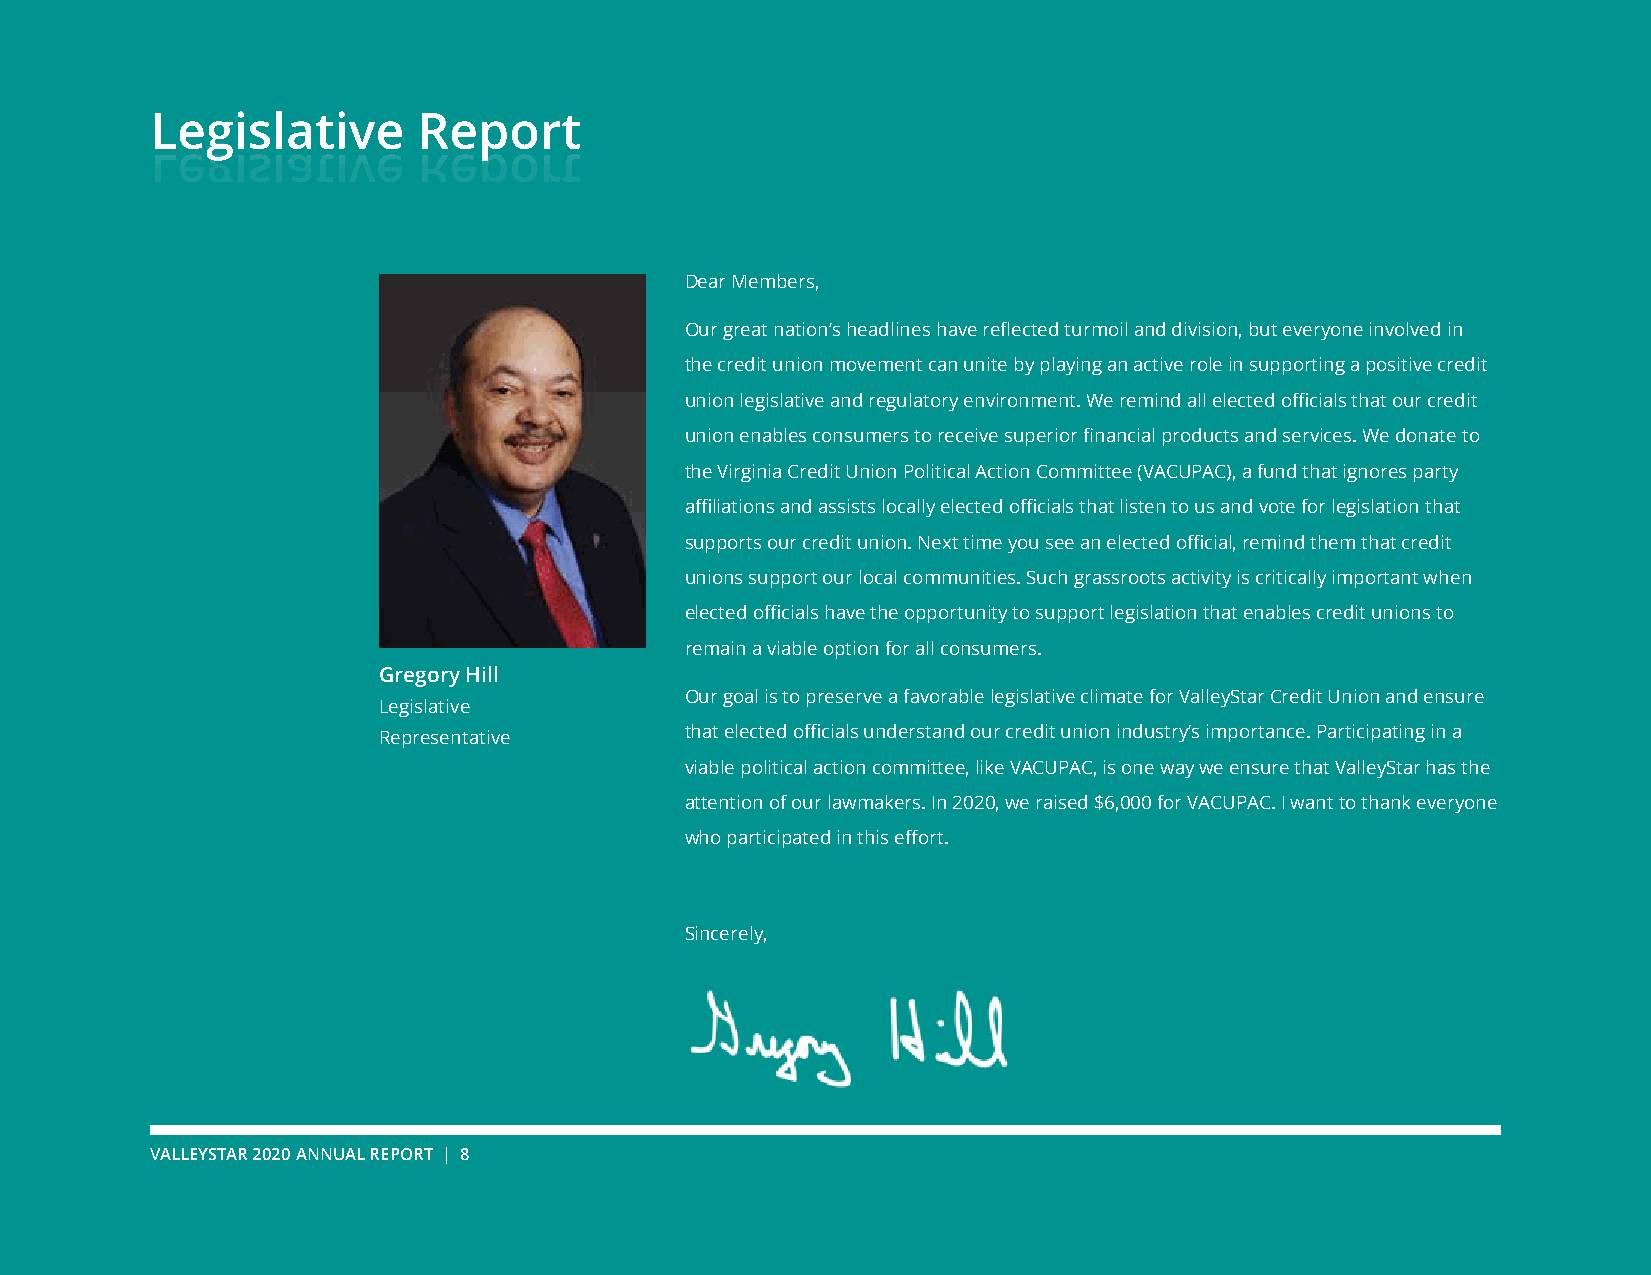
Legislative       Report
 Dear Members,
 Our great nation’s headlines have reflected turmoil and division, but everyone involved in
 the credit union movement can unite by playing an active role in supporting a positive credit
 union legislative and regulatory environment. We remind all elected officials that our credit
 union enables consumers to receive superior financial products and services. We donate to
 the Virginia Credit Union Political Action Committee (VACUPAC), a fund that ignores party
 affiliations and assists locally elected officials that listen to us and vote for legislation that
 supports our credit union. Next time you see an elected official, remind them that credit
 unions support our local communities. Such grassroots activity is critically important when
 elected officials have the opportunity to support legislation that enables credit unions to
 remain a viable option for all consumers.
 Gregory Hill
 Our goal is to preserve a favorable legislative climate for ValleyStar Credit Union and ensure
 Legislative
 that elected officials understand our credit union industry’s importance. Participating in a
 Representative
 viable political action committee, like VACUPAC, is one way we ensure that ValleyStar has the
 attention of our lawmakers. In 2020, we raised $6,000 for VACUPAC. I want to thank everyone
 who participated in this effort.
 Sincerely,
 VALLEYSTAR 2020 ANNUAL REPORT | 8
 L e g i s l a t i v e R e p o r t